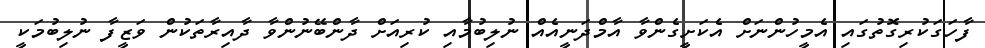
ފާހަގަކުރިގޮތުގައި އެމީހުންނަށް އެކަށީގެންވާ އާމްދަނީއެއް ނުލިބުމާއި ކުރިއަށް ދާންބޭނުންވާ ދާއިރާތަކުން ވަޒީފާ ނުލިބުމަކީ